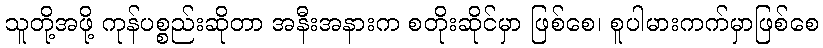
သူတို့အဖို့ ကုန်ပစ္စည်းဆိုတာ အနီးအနားက စတိုးဆိုင်မှာ ဖြစ်စေ၊ စူပါမားကက်မှာဖြစ်စေ